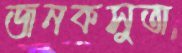
জনকসুতা